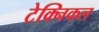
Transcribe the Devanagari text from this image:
टेक्‍िनकल